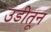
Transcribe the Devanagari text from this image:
उडीतून